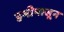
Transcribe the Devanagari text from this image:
हमीपासून